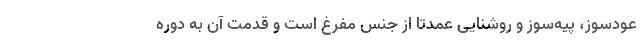
عودسوز، پیه‌سوز و روشنایی عمدتا از جنس مفرغ است و قدمت آن به دوره